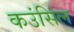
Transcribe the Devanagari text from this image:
कउंसिल